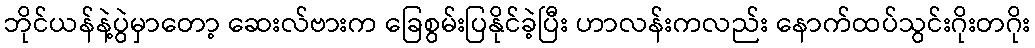
ဘိုင်ယန်နဲ့ပွဲမှာတော့ ဆေးလ်ဗားက ခြေစွမ်းပြနိုင်ခဲ့ပြီး ဟာလန်းကလည်း နောက်ထပ်သွင်းဂိုးတဂိုး